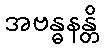
အဗန္ဓနန္တိ